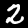
Label: 2